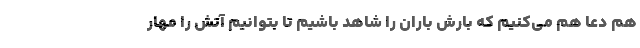
هم دعا هم می‌کنیم که بارش باران را شاهد باشیم تا بتوانیم آتش را مهار